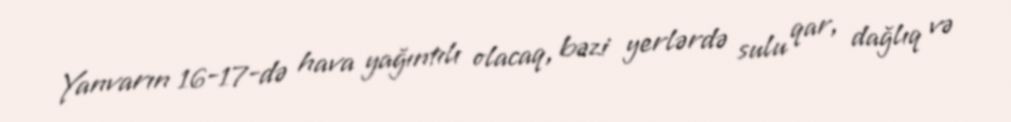
Yanvarın 16-17-də hava yağıntılı olacaq, bəzi yerlərdə sulu qar, dağlıq və